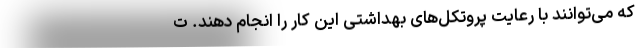
که می‌توانند با رعایت پروتکل‌های بهداشتی این کار را انجام دهند. ت